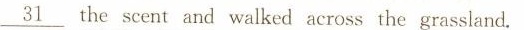
\underline{31} the scent and walked across the grassland.